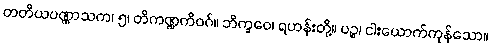
တတိယပဏ္ဏာသက၊ ၅၊ တိကဏ္ဍကိဝဂ်။ ဘိက္ခဝေ၊ ရဟန်းတို့။ ပဉ္စ၊ ငါးယောက်ကုန်သော။